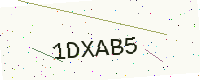
Text: 1DXAB5